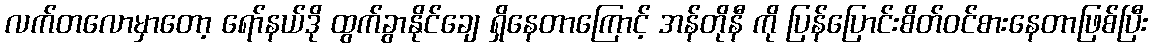
လက်တလောမှာတော့ ရော်နယ်ဒို ထွက်ခွာနိုင်ချေ ရှိနေတာကြောင့် အန်တိုနီ ကို ပြန်ပြောင်းစိတ်ဝင်စားနေတာဖြစ်ပြီး